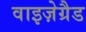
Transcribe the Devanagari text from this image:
वाइज़ेग्रैड